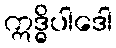
ဣဒ္ဓိပါဒေါ